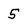
Character: 5